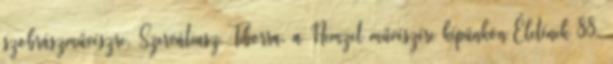
szobrászművészre, Szervátiusz Tiborra, a Nemzet művészére képünkön Életének 88.